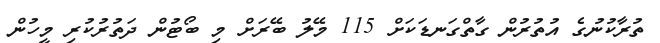
ތުރާކުނުގެ އުތުރުން ގާތްގަނޑަކަށް 115 މޭލު ބޭރަށް މި ބޯޓުން ދަތުރުކުރި މީހުން